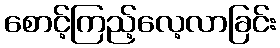
စောင့်ကြည့်လေ့လာခြင်း